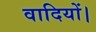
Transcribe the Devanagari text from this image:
वादियों।